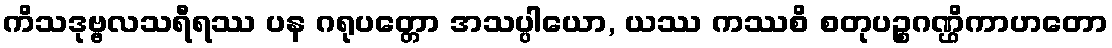
ကိသဒုဗ္ဗလသရီရဿ ပန ဂရုပတ္တော အသပ္ပါယော, ယဿ ကဿစိ စတုပဉ္စဂဏ္ဌိကာဟတော